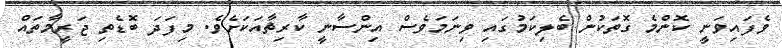
ވެފައިވަނީ ކޮންމެ ގޮތަކުން ބެލިކަމުގައި ވިނަމަވެސް އިންސާނީ ކާރިޘާއަކަށެވެ. މިފަދަ ބޮޑެތި ޖަރީމާތައް